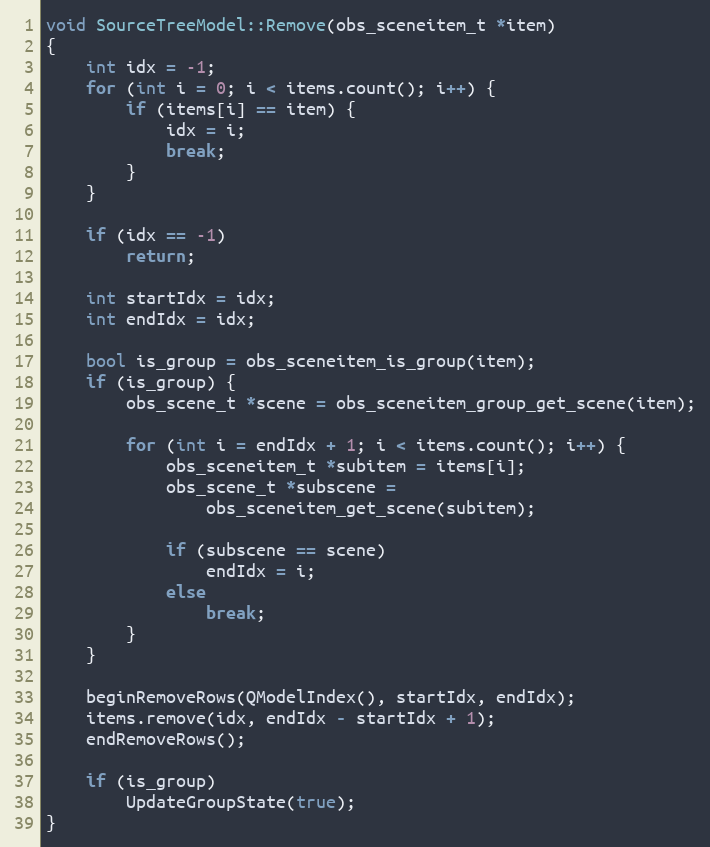
Language: C++
void SourceTreeModel::Remove(obs_sceneitem_t *item)
{
	int idx = -1;
	for (int i = 0; i < items.count(); i++) {
		if (items[i] == item) {
			idx = i;
			break;
		}
	}

	if (idx == -1)
		return;

	int startIdx = idx;
	int endIdx = idx;

	bool is_group = obs_sceneitem_is_group(item);
	if (is_group) {
		obs_scene_t *scene = obs_sceneitem_group_get_scene(item);

		for (int i = endIdx + 1; i < items.count(); i++) {
			obs_sceneitem_t *subitem = items[i];
			obs_scene_t *subscene =
				obs_sceneitem_get_scene(subitem);

			if (subscene == scene)
				endIdx = i;
			else
				break;
		}
	}

	beginRemoveRows(QModelIndex(), startIdx, endIdx);
	items.remove(idx, endIdx - startIdx + 1);
	endRemoveRows();

	if (is_group)
		UpdateGroupState(true);
}